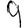
Digit: 9